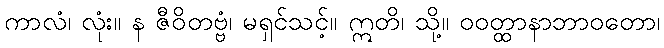
ကာလံ၊ လုံး။ န ဇီဝိတဗ္ဗံ၊ မရှင်သင့်။ ဣတိ၊ သို့။ ဝဝတ္ထာနာဘာဝတော၊